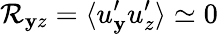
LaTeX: {\cal{R}}_{\mathbf{y}z}=\langle{u_{\mathbf{y}}^{\prime}u_{z}^{\prime}}\rangle\simeq0